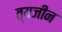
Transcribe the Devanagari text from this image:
त्यजीन